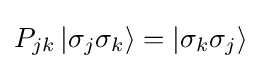
P_{jk}\left|\sigma _{j}\sigma _{k}\right\rangle =\left|\sigma _{k}\sigma _{j}\right\rangle